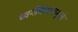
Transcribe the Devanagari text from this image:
ध्वनीकंपनामुळे